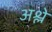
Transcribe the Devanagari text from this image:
अश्ले